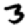
Digit: 3